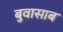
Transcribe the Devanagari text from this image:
बुवासाब